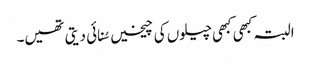
البتہ کبھی کبھی چیلوں کی چیخیں سُنائی دیتی تھیں۔